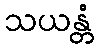
သယန္တံ